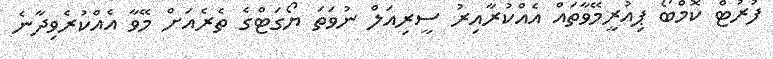
ފުރުޓް ކޮމްބޯ ޕިއުރީމޭވާތައް އެއްކުރާއިރު ސީރިއަލް ނުވަތަ ޔޯގަޓްގެ ތެރެއަށް މޭވާ އެއްކުރެވިދާނެ